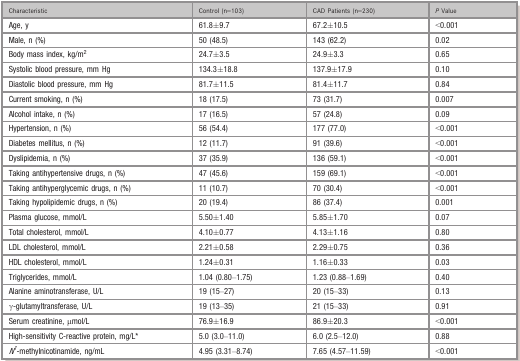
<table><thead><tr><td><b>Characteristic</b></td><td><b>Control (n=103)</b></td><td><b>CAD Patients (n=230)</b></td><td><b><i>P</i> Value</b></td></tr></thead><tbody><tr><td>Age, y</td><td>61.8±9.7</td><td>67.2±10.5</td><td>&lt;0.001</td></tr><tr><td>Male, n (%)</td><td>50 (48.5)</td><td>143 (62.2)</td><td>0.02</td></tr><tr><td>Body mass index, kg/m<sup>2</sup></td><td>24.7±3.5</td><td>24.9±3.3</td><td>0.65</td></tr><tr><td>Systolic blood pressure, mm Hg</td><td>134.3±18.8</td><td>137.9±17.9</td><td>0.10</td></tr><tr><td>Diastolic blood pressure, mm Hg</td><td>81.7±11.5</td><td>81.4±11.7</td><td>0.84</td></tr><tr><td>Current smoking, n (%)</td><td>18 (17.5)</td><td>73 (31.7)</td><td>0.007</td></tr><tr><td>Alcohol intake, n (%)</td><td>17 (16.5)</td><td>57 (24.8)</td><td>0.09</td></tr><tr><td>Hypertension, n (%)</td><td>56 (54.4)</td><td>177 (77.0)</td><td>&lt;0.001</td></tr><tr><td>Diabetes mellitus, n (%)</td><td>12 (11.7)</td><td>91 (39.6)</td><td>&lt;0.001</td></tr><tr><td>Dyslipidemia, n (%)</td><td>37 (35.9)</td><td>136 (59.1)</td><td>&lt;0.001</td></tr><tr><td>Taking antihypertensive drugs, n (%)</td><td>47 (45.6)</td><td>159 (69.1)</td><td>&lt;0.001</td></tr><tr><td>Taking antihyperglycemic drugs, n (%)</td><td>11 (10.7)</td><td>70 (30.4)</td><td>&lt;0.001</td></tr><tr><td>Taking hypolipidemic drugs, n (%)</td><td>20 (19.4)</td><td>86 (37.4)</td><td>0.001</td></tr><tr><td>Plasma glucose, mmol/L</td><td>5.50±1.40</td><td>5.85±1.70</td><td>0.07</td></tr><tr><td>Total cholesterol, mmol/L</td><td>4.10±0.77</td><td>4.13±1.16</td><td>0.80</td></tr><tr><td>LDL cholesterol, mmol/L</td><td>2.21±0.58</td><td>2.29±0.75</td><td>0.36</td></tr><tr><td>HDL cholesterol, mmol/L</td><td>1.24±0.31</td><td>1.16±0.33</td><td>0.03</td></tr><tr><td>Triglycerides, mmol/L</td><td>1.04 (0.80–1.75)</td><td>1.23 (0.88–1.69)</td><td>0.40</td></tr><tr><td>Alanine aminotransferase, U/L</td><td>19 (15–27)</td><td>20 (15–33)</td><td>0.13</td></tr><tr><td>γ‐glutamyltransferase, U/L</td><td>19 (13–35)</td><td>21 (15–33)</td><td>0.91</td></tr><tr><td>Serum creatinine, μmol/L</td><td>76.9±16.9</td><td>86.9±20.3</td><td>&lt;0.001</td></tr><tr><td>High‐sensitivity C‐reactive protein, mg/La</td><td>5.0 (3.0–11.0)</td><td>6.0 (2.5–12.0)</td><td>0.88</td></tr><tr><td><i>N</i><sup><i>1</i></sup>‐methylnicotinamide, ng/mL</td><td>4.95 (3.31–8.74)</td><td>7.65 (4.57–11.59)</td><td>&lt;0.001</td></tr></tbody></table>